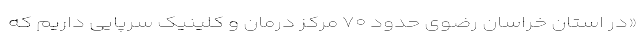
«در استان خراسان رضوی حدود ۷۰ مرکز درمان و کلینیک سرپایی داریم که